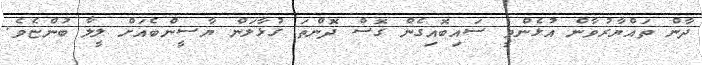
ދާން ތައްޔާރުވާން އުޅެންވީ ސައިބޮއިގެން ގޮސް ދޮންތަ ގުޅާލަން ޔާސީންބެއަށް ލީލާ ބުންޏެވެ.